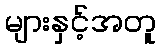
များနှင့်အတူ